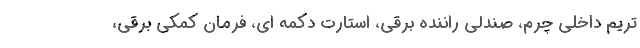
تریم داخلی چرم، صندلی راننده برقی، استارت دکمه ای، فرمان کمکی برقی،